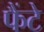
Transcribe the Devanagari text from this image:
फैंटे